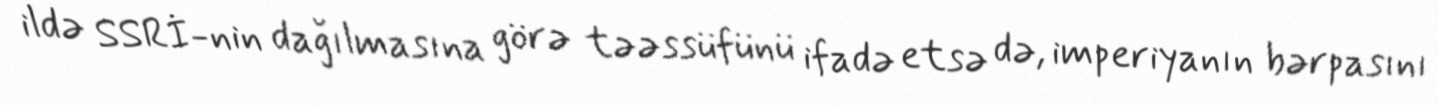
ildə SSRİ-nin dağılmasına görə təəssüfünü ifadə etsə də, imperiyanın bərpasını